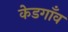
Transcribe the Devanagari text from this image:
केडगाँव